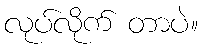
လုပ်လိုက် တာပဲ။